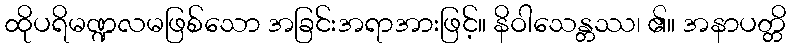
ထိုပရိမဏ္ဍလမဖြစ်သော အခြင်းအရာအားဖြင့်။ နိဝါသေန္တဿ၊ ၏။ အနာပတ္တိ